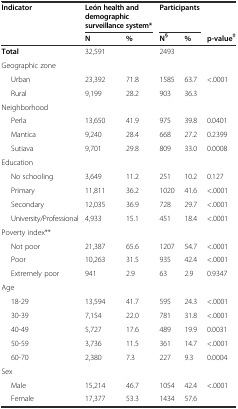
<table><thead><tr><td><b>Indicator</b></td><td colspan="2"><b>León health and demographic surveillance system*</b></td><td colspan="2"><b>Participants</b></td><td></td></tr><tr><td></td><td><b>N</b></td><td><b>%</b></td><td><b>N<sup>§</sup></b></td><td><b>%</b></td><td><b>p-value<sup>‡</sup></b></td></tr></thead><tbody><tr><td><b>Total</b></td><td>32,591</td><td></td><td>2493</td><td></td><td></td></tr><tr><td>Geographic zone</td><td></td><td></td><td></td><td></td><td></td></tr><tr><td>Urban</td><td>23,392</td><td>71.8</td><td>1585</td><td>63.7</td><td>&lt;.0001</td></tr><tr><td>Rural</td><td>9,199</td><td>28.2</td><td>903</td><td>36.3</td><td></td></tr><tr><td>Neighborhood</td><td></td><td></td><td></td><td></td><td></td></tr><tr><td>Perla</td><td>13,650</td><td>41.9</td><td>975</td><td>39.8</td><td>0.0401</td></tr><tr><td>Mantica</td><td>9,240</td><td>28.4</td><td>668</td><td>27.2</td><td>0.2399</td></tr><tr><td>Sutiava</td><td>9,701</td><td>29.8</td><td>809</td><td>33.0</td><td>0.0008</td></tr><tr><td>Education</td><td></td><td></td><td></td><td></td><td></td></tr><tr><td>No schooling</td><td>3,649</td><td>11.2</td><td>251</td><td>10.2</td><td>0.127</td></tr><tr><td>Primary</td><td>11,811</td><td>36.2</td><td>1020</td><td>41.6</td><td>&lt;.0001</td></tr><tr><td>Secondary</td><td>12,035</td><td>36.9</td><td>728</td><td>29.7</td><td>&lt;.0001</td></tr><tr><td>University/Professional</td><td>4,933</td><td>15.1</td><td>451</td><td>18.4</td><td>&lt;.0001</td></tr><tr><td>Poverty index**</td><td></td><td></td><td></td><td></td><td></td></tr><tr><td>Not poor</td><td>21,387</td><td>65.6</td><td>1207</td><td>54.7</td><td>&lt;.0001</td></tr><tr><td>Poor</td><td>10,263</td><td>31.5</td><td>935</td><td>42.4</td><td>&lt;.0001</td></tr><tr><td>Extremely poor</td><td>941</td><td>2.9</td><td>63</td><td>2.9</td><td>0.9347</td></tr><tr><td>Age</td><td></td><td></td><td></td><td></td><td></td></tr><tr><td>18-29</td><td>13,594</td><td>41.7</td><td>595</td><td>24.3</td><td>&lt;.0001</td></tr><tr><td>30-39</td><td>7,154</td><td>22.0</td><td>781</td><td>31.8</td><td>&lt;.0001</td></tr><tr><td>40-49</td><td>5,727</td><td>17.6</td><td>489</td><td>19.9</td><td>0.0031</td></tr><tr><td>50-59</td><td>3,736</td><td>11.5</td><td>361</td><td>14.7</td><td>&lt;.0001</td></tr><tr><td>60-70</td><td>2,380</td><td>7.3</td><td>227</td><td>9.3</td><td>0.0004</td></tr><tr><td>Sex</td><td></td><td></td><td></td><td></td><td></td></tr><tr><td>Male</td><td>15,214</td><td>46.7</td><td>1054</td><td>42.4</td><td>&lt;.0001</td></tr><tr><td>Female</td><td>17,377</td><td>53.3</td><td>1434</td><td>57.6</td><td></td></tr></tbody></table>